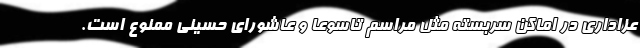
عزاداری در اماکن سربسته مثل مراسم تاسوعا و عاشورای حسینی ممنوع است.